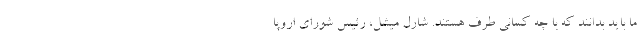
ما باید بدانند که با چه کسانی طرف هستند. شارل میشل، رئیس شورای اروپا